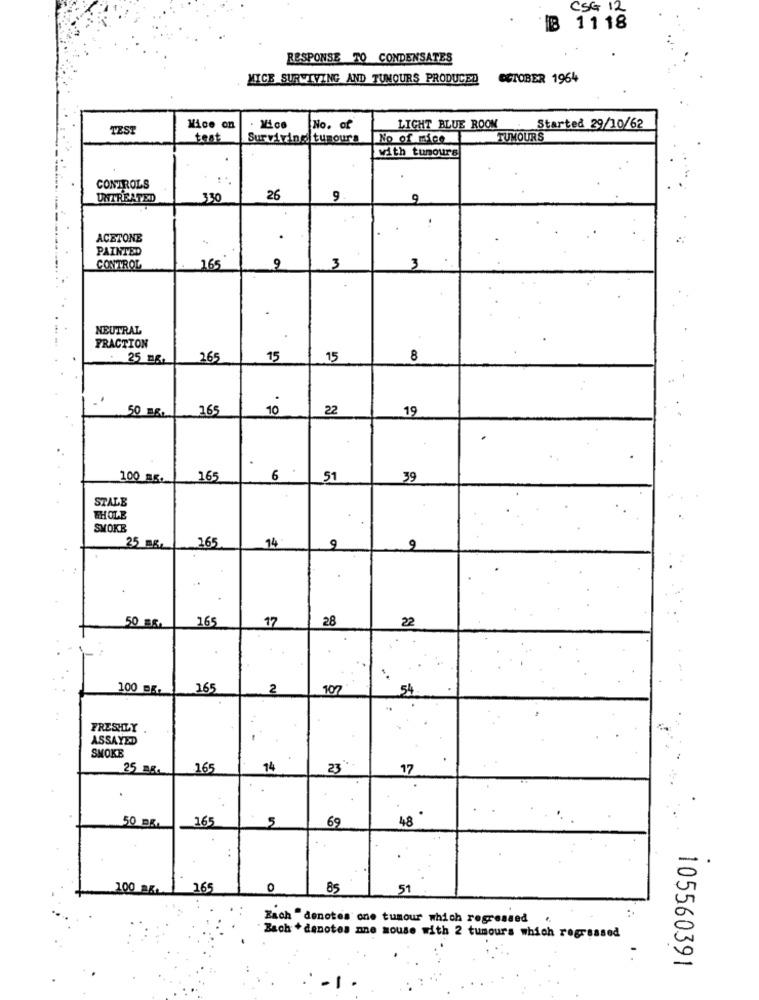
CSG 12
11 18
RESPONSE TO CONDENSATES
MICE SURVIVING AND TUMOURS PRODUCED
OCTOBER 1964
TEST
Nice on
No. of
LIGHT BLUE ROOM
Started 29/10/62
test
Surviving tumours
No of mice
TUMOURS
with tumours
CONTROLS
UNTREATED
330
26
9
9
ACETONE
.
PAINTED
CONTROL
165
9
3
3
NEUTRAL
FRACTION
25 mg.
265
15
15
8
50 mg.
265
10
22
19
100 5.
165
6
51
39
STALE
WHOLE
SMOKE
9
25 8,
265
14
9
165
17
28
22
50 ES.
100 mg.
165
2
107
54
-
FRESHLY
ASSAYED
SMOKE
25 Bg.
165
14
23 **
17
165
5
48
50 DE.
69
100 a5. 165
0
85
51
Zach "denotes one tumour which regressed ",
Bach * denotes ane mouse with 2 tumours which regressed
105560391